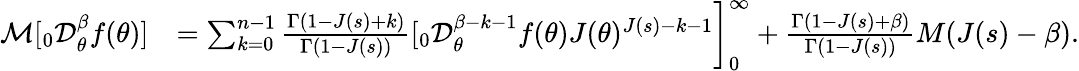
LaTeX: \begin{array}{rl}{\mathcal{M}[_{0}\mathcal{D}_{\theta}^{\beta}f(\theta)]}&{=\sum_{k=0}^{n-1}\frac{\Gamma(1-J(s)+k)}{\Gamma(1-J(s))}[_{0}\mathcal{D}_{\theta}^{\beta-k-1}f(\theta)J(\theta)^{J(s)-k-1}\bigg]_{0}^{\infty}+\frac{\Gamma(1-J(s)+\beta)}{\Gamma(1-J(s))}M(J(s)-\beta).}\end{array}